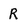
Character: R